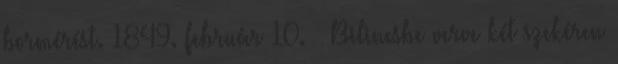
bormérést. 1849. február 10. – Bilincsbe verve két szekéren